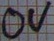
Text: 0V